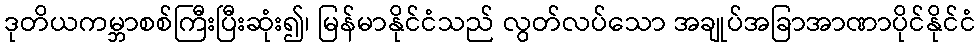
ဒုတိယကမ္ဘာစစ်ကြီးပြီးဆုံး၍၊ မြန်မာနိုင်ငံသည် လွတ်လပ်သော အချုပ်အခြာအာဏာပိုင်နိုင်ငံ